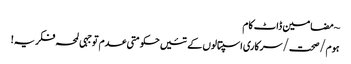
~ مضامین ڈاٹ کام
ہوم/صحت/سرکاری اسپتالوں کے تئیں حکومتی عدم توجہی لمحہ فکریہ!